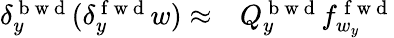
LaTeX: \begin{array}{rl}{\delta_{y}^{\mathrm{~b~w~d~}}(\delta_{y}^{\mathrm{~f~w~d~}}w)\approx}&{{}Q_{y}^{\mathrm{~b~w~d~}}f_{w_{y}}^{\mathrm{~f~w~d~}}}\end{array}